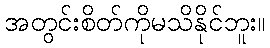
အတွင်းစိတ်ကိုမသိနိုင်ဘူး။